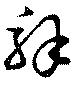
解